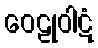
ဝေဠုဝါဋံ